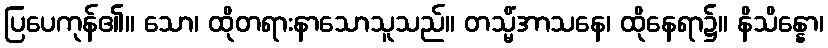
ပြပေကုန်၏။ သော၊ ထိုတရားနာသောသူသည်။ တသ္မိံအာသနေ၊ ထိုနေရာ၌။ နိသိန္နော၊